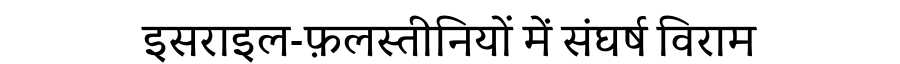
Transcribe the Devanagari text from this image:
इसराइल-फ़लस्तीनियों में संघर्ष विराम